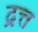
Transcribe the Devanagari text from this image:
द्रत्त